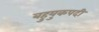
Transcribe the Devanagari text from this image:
बहुयुकपदी